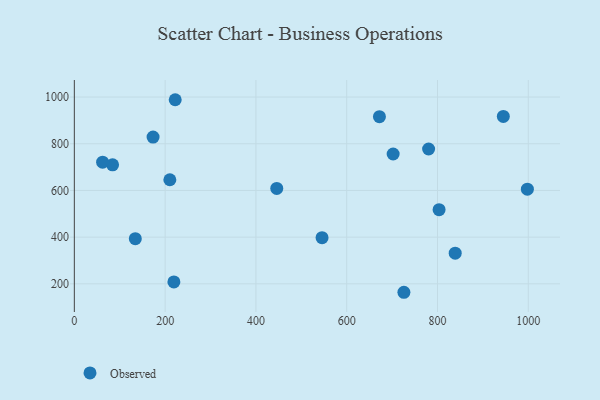
{"axis": {"x": "Speed", "y": "Salary"}, "legend": ["Observed"], "data": [{"x": "84.2", "y": 709.8, "type": "Observed"}, {"x": "803.5", "y": 517.7, "type": "Observed"}, {"x": "545.7", "y": 397.5, "type": "Observed"}, {"x": "62.3", "y": 721.1, "type": "Observed"}, {"x": "839.0", "y": 331.5, "type": "Observed"}, {"x": "219.3", "y": 208.3, "type": "Observed"}, {"x": "222.2", "y": 988.6, "type": "Observed"}, {"x": "210.4", "y": 645.9, "type": "Observed"}, {"x": "702.3", "y": 756.2, "type": "Observed"}, {"x": "780.4", "y": 777.5, "type": "Observed"}, {"x": "998.0", "y": 605.5, "type": "Observed"}, {"x": "445.9", "y": 608.5, "type": "Observed"}, {"x": "672.1", "y": 916.2, "type": "Observed"}, {"x": "173.4", "y": 828.5, "type": "Observed"}, {"x": "134.3", "y": 393.3, "type": "Observed"}, {"x": "726.0", "y": 163.8, "type": "Observed"}, {"x": "945.0", "y": 917.2, "type": "Observed"}]}